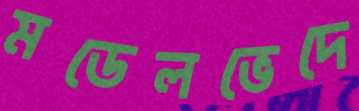
মডেলভেদে